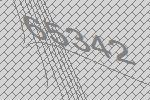
65342